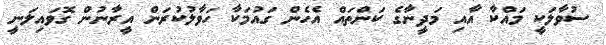
ސުވާލަކީ މައްކާ އާއި މަދީނާގެ ކަންތައް އެހެން ގައުމަކާ ހަވާލުކުރަން އީރާނުން ގޮވައިލަނީ